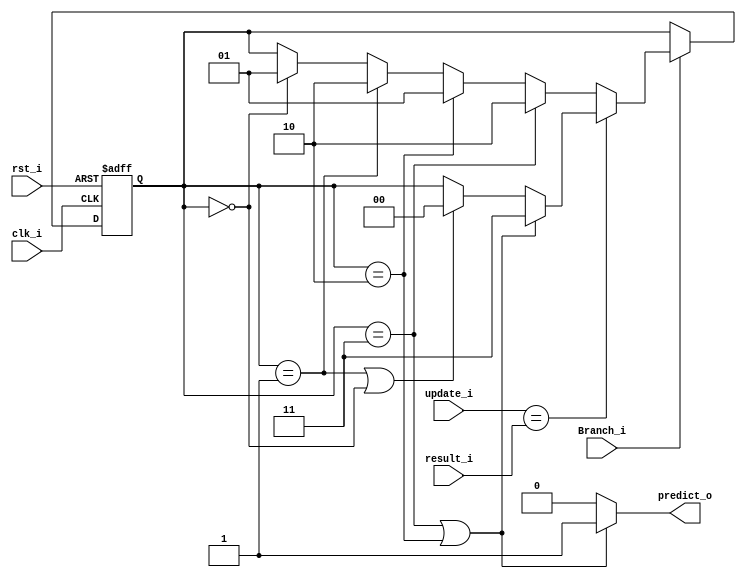
module branch_predictor
(
    clk_i, 
    rst_i,
    Branch_i,

    update_i,   //input X
	result_i,   //current state
	predict_o   // next state Z
);
input clk_i, rst_i, update_i, result_i, Branch_i;
output predict_o;

reg [1:0] history;
reg   predict_o;

// TODO
always @(*) begin
    if(history == 2'b11 || history == 2'b10)begin
        predict_o = 1;
    end
    else begin
        predict_o = 0;
    end
end

always@(posedge clk_i or posedge rst_i) begin
    if(rst_i) begin
        history = 2'b11;
    end  
    else if(Branch_i)begin
        if(update_i == result_i)begin
            if (history == 2'b11 || history == 2'b10) begin
                history = 2'b11;
            end
            else if(history == 2'b01 || history == 2'b00)begin
                history = 2'b00;
            end
        end
        else begin
            if(history == 2'b11)begin
                history = 2'b10;
            end
            else if(history == 2'b10)begin
                history = 2'b01;
            end
            else if(history == 2'b01)begin
                history = 2'b10;
            end
            else if(history == 2'b00)begin
                history = 2'b01;
            end
        end
    end
end

endmodule